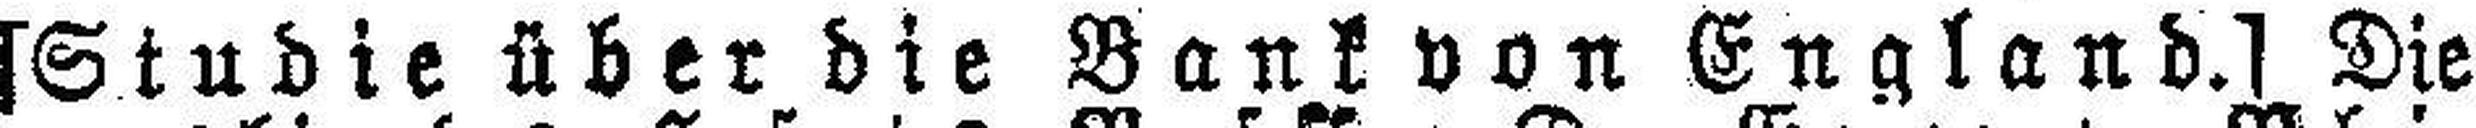
[Studie über die Bank von England.] Die